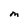
Character: M